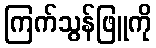
ကြက်သွန်ဖြူကို